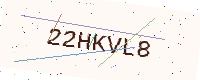
Text: 22HKVL8